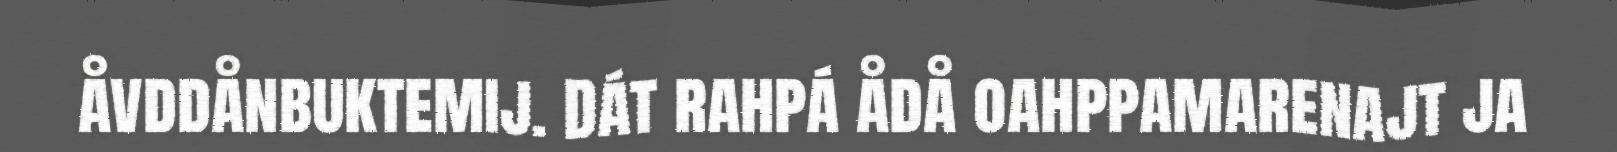
åvddånbuktemij. Dát rahpá ådå oahppamarenajt ja